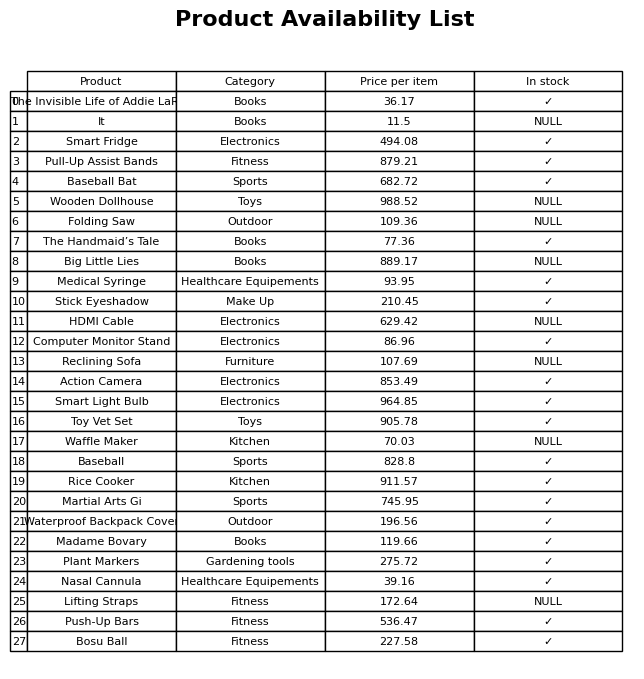
question: Is the Reclining Sofa in stock?
answer: NULL